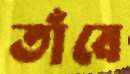
তাঁবে